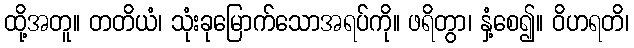
ထို့အတူ။ တတိယံ၊ သုံးခုမြောက်သောအရပ်ကို။ ဖရိတွာ၊ နှံ့စေ၍။ ဝိဟရတိ၊